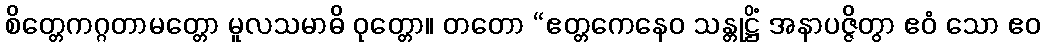
စိတ္တေကဂ္ဂတာမတ္တော မူလသမာဓိ ဝုတ္တော။ တတော “ဧတ္တကေနေဝ သန္တုဋ္ဌိံ အနာပဇ္ဇိတွာ ဧဝံ သော ဧဝ